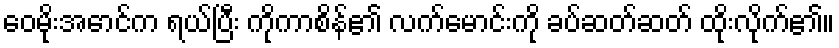
ဝေမိုးအောင်က ရယ်ပြီး ကိုကာစိန်၏ လက်မောင်းကို ခပ်ဆတ်ဆတ် ထိုးလိုက်၏။